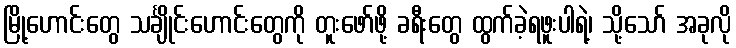
မြို့ဟောင်းတွေ သင်္ချိုင်းဟောင်းတွေကို တူးဖော်ဖို့ ခရီးတွေ ထွက်ခဲ့ရဖူးပါရဲ့၊ သို့သော် အခုလို